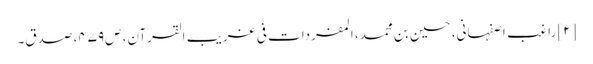
[۲] راغب اصفہانی، حسین بن محمد، المفردات فی غریب القرآن، ص‌۴۷۹، صدق۔